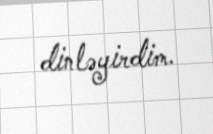
dinləyirdim.